Report on the working of the Ranchi Indian Mental Hospital, Kanke, in Bihar and Orissa - 1930-1940
Year: 1930
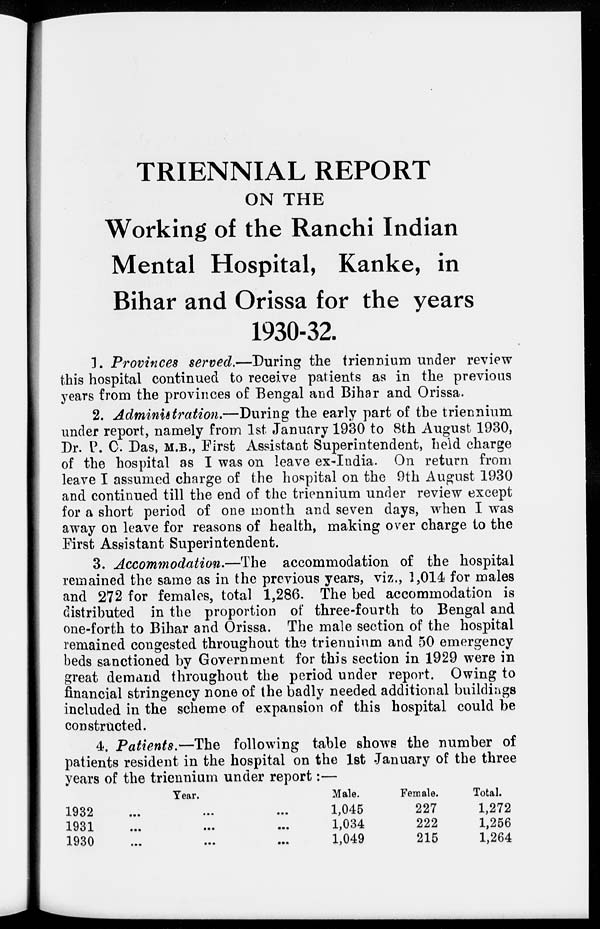
TRIENNIAL REPORT
ON THE
Working of the Ranchi Indian
Mental Hospital, Kanke, in
Bihar and Orissa for the years
1930-32.
1. Provinces served.—During the triennium under review
this hospital continued to receive patients as in the previous
years from the provinces of Bengal and Bihar and Orissa.
2. Administration.—During the early part of the triennium
under report, namely from 1st January 1930 to 8th August 1930,
Dr. P. C. Das, M.B., First Assistant Superintendent, held charge
of the hospital as I was on leave ex-India. On return from
leave I assumed charge of the hospital on the 9th August 1930
and continued till the end of the triennium under review except
for a short period of one month and seven days, when I was
away on leave for reasons of health, making over charge to the
First Assistant Superintendent.
3. Accommodation.—The accommodation of the hospital
remained the same as in the previous years, viz., 1,014 for males
and 272 for females, total 1,286. The bed accommodation is
distributed in the proportion of three-fourth to Bengal and
one-forth to Bihar and Orissa. The male section of the hospital
remained congested throughout the triennium and 50 emergency
beds sanctioned by Government for this section in 1929 were in
great demand throughout the period under report. Owing to
financial stringency none of the badly needed additional buildings
included in the scheme of expansion of this hospital could be
constructed.
4. Patients.—The following table shows the number of
patients resident in the hospital on the 1st January of the three
years of the triennium under report:—
Year.
1932... ... ...
1931
...
...
...
1930
...
...
...
Male.
1,045
1,034
1,049
Female.
227
222
215
Total.
1,272
1,256
1,264